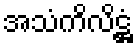
အသံကိလိဋ္ဌံ